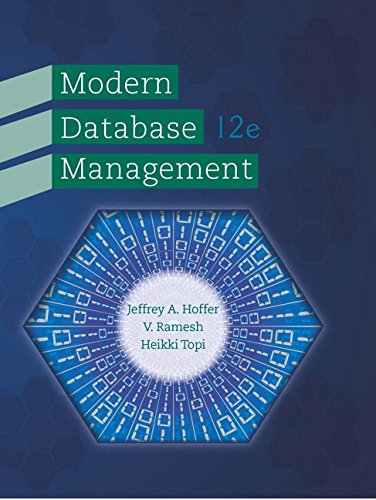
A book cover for Modern Database Management (12th Edition); Jeff Hoffer; Computers & Technology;